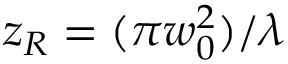
z _ { R } = ( \pi w _ { 0 } ^ { 2 } ) / \lambda